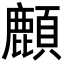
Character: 𩔴